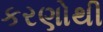
કરણોથી